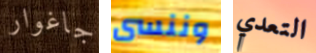
جاغوار وننسى التعدي